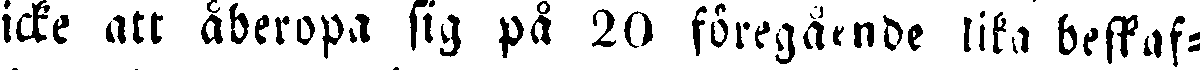
icke att åberopa sig på 20 föregående lika bestaf-